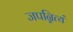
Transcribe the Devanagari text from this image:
जपन्नित्यं